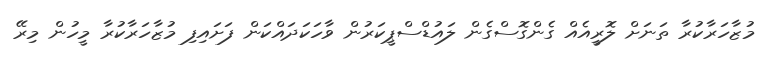
މުޒާހަރާކުރާ ތަނަށް ލޮރީއެއް ގެންގޮސްގެން ލައުޑްސްޕީކަރުން ވާހަކަދައްކަން ފަށައިފި މުޒާހަރާކުރާ މީހުން މިރޭ